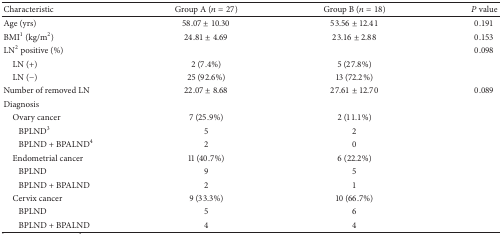
<table><thead><tr><td><b>Characteristic</b></td><td><b>Group A (<i>n</i> = 27)</b></td><td><b>Group B (<i>n</i> = 18)</b></td><td><b><i>P</i> value</b></td></tr></thead><tbody><tr><td>Age (yrs)</td><td>58.07 ± 10.30</td><td>53.56 ± 12.41</td><td>0.191</td></tr><tr><td>BMI<sup>1</sup> (kg/m<sup>2</sup>)</td><td>24.81 ± 4.69</td><td>23.16 ± 2.88</td><td>0.153</td></tr><tr><td>LN<sup>2</sup> positive (%)</td><td> </td><td> </td><td>0.098</td></tr><tr><td> LN (+)</td><td>2 (7.4%)</td><td>5 (27.8%)</td><td> </td></tr><tr><td> LN (−)</td><td>25 (92.6%)</td><td>13 (72.2%)</td><td> </td></tr><tr><td>Number of removed LN</td><td>22.07 ± 8.68</td><td>27.61 ± 12.70</td><td>0.089</td></tr><tr><td>Diagnosis</td><td> </td><td> </td><td> </td></tr><tr><td> Ovary cancer</td><td>7 (25.9%)</td><td>2 (11.1%)</td><td> </td></tr><tr><td>BPLND<sup>3</sup></td><td>5</td><td>2</td><td> </td></tr><tr><td>BPLND + BPALND<sup>4</sup></td><td>2</td><td>0</td><td> </td></tr><tr><td> Endometrial cancer</td><td>11 (40.7%)</td><td>6 (22.2%)</td><td> </td></tr><tr><td>BPLND</td><td>9</td><td>5</td><td> </td></tr><tr><td>BPLND + BPALND</td><td>2</td><td>1</td><td> </td></tr><tr><td> Cervix cancer</td><td>9 (33.3%)</td><td>10 (66.7%)</td><td> </td></tr><tr><td>BPLND</td><td>5</td><td>6</td><td> </td></tr><tr><td>BPLND + BPALND</td><td>4</td><td>4</td><td> </td></tr></tbody></table>